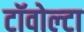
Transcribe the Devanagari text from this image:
टॉवोल्‍टा